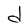
Character: d